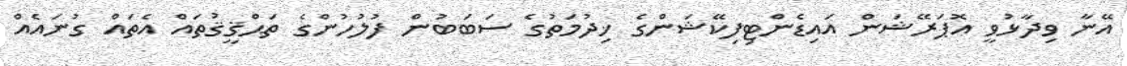
އޭނާ ވިދާޅުވީ އޮޕަރޭޝަން އައިޑެންޓިފިކޭޝަންގެ ޚިދުމަތުގެ ސަބަބުން ފުލުހުންގެ ތަޙްޤީޤުތައް އެތައް ގުނައެއް